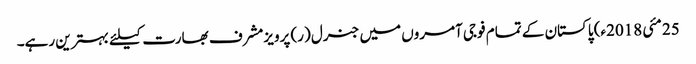
25 مئی 2018ء) پاکستان کے تمام فوجی آمروں میں جنرل (ر) پرویزمشرف بھارت کیلئے بہترین رہے۔